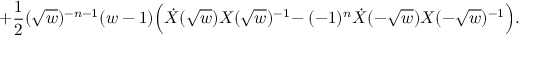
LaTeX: + { \frac { 1 } { 2 } } ( \sqrt { w } ) ^ { - n - 1 } ( w - 1 ) \Big ( \dot { X } ( \sqrt { w } ) X ( \sqrt { w } ) ^ { - 1 } \! - ( - 1 ) ^ { n } \dot { X } ( - \sqrt { w } ) X ( - \sqrt { w } ) ^ { - 1 } \Big ) .